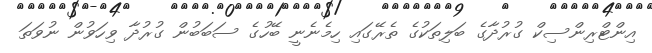
އިންޓްރިންސިކް ގުރުދާގެ ބަލިތަކުގެ ތެރޭގައި ހިމެނެނީ ބޭހުގެ ސަބަބުން ގުރުދާ ވިހަވުން ނުވަތަ